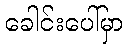
ခေါင်းပေါ်မှာ